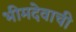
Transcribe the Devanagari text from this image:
भीमदेवाची